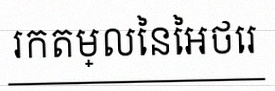
រកតម្លៃនៃអថេរ